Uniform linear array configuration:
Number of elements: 24
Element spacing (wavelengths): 0.25
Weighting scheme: binomial
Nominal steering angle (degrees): -60
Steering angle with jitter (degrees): -61.137
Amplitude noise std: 0.05
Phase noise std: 0.05

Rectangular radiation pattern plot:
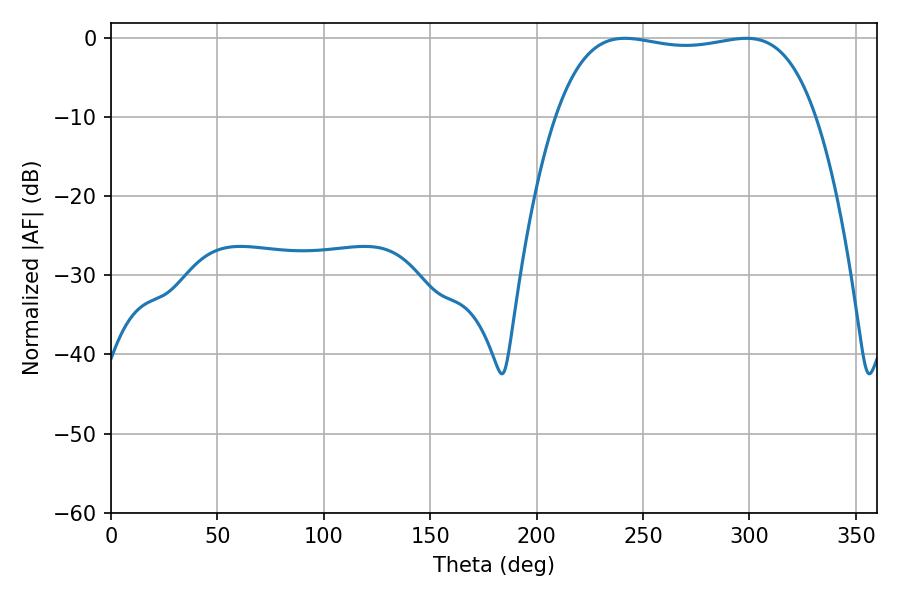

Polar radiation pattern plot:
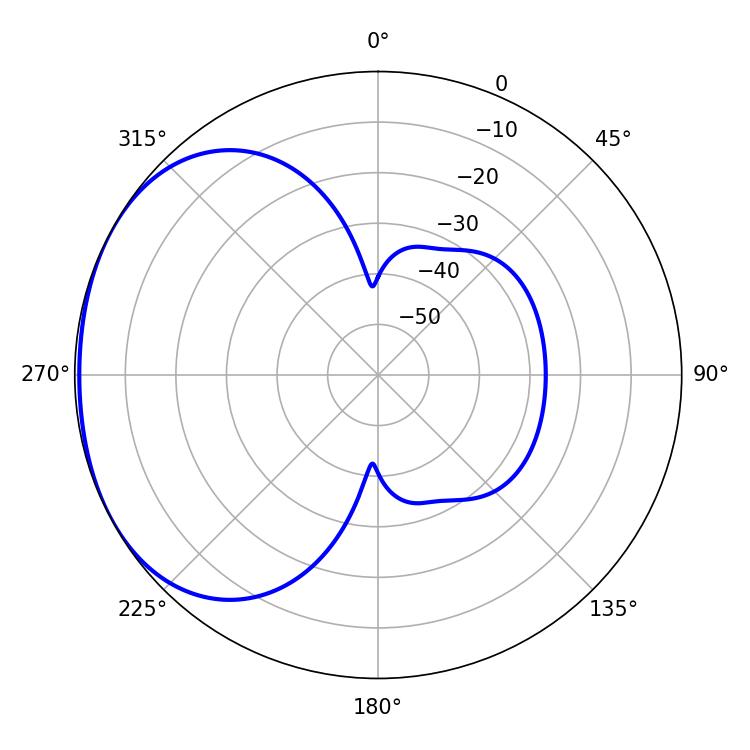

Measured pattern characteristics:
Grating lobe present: FALSE
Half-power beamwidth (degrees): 97.56
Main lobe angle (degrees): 241.56